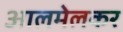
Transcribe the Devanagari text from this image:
आलमेलकर